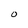
Character: O